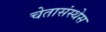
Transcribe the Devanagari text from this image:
चेतासंस्थेस